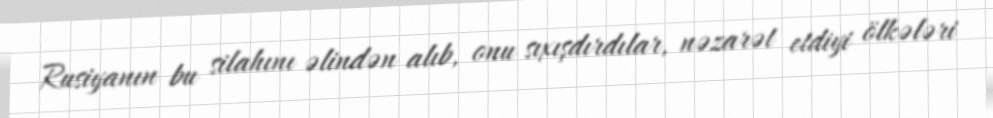
Rusiyanın bu silahını əlindən alıb, onu sıxışdırdılar, nəzarət etdiyi ölkələri